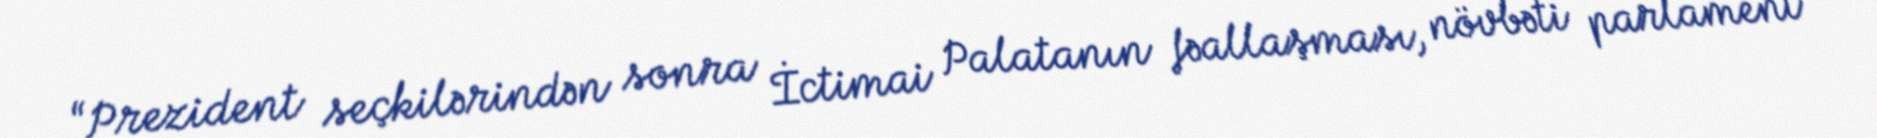
“Prezident seçkilərindən sonra İctimai Palatanın fəallaşması, növbəti parlament